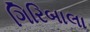
ગિરિબાલા